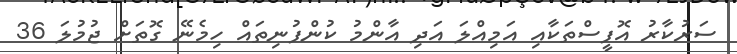
ސަރުކާރު އޮފީސްތަކާއި އަމިއްލަ އަދި އާންމު ކުންފުނިތައް ހިމެނޭ ގޮތަށް ޖުމުލަ 36